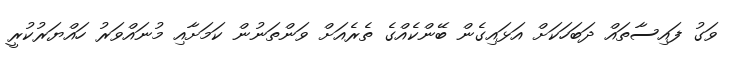
ވަގު ފައިސާތައް ދަބަހަކަށް އަޅައިގެން ބޭންކެއްގެ ތެރެއަށް ވަންތަނުން ކަމަށާއި މުނައްވަރު ހައްޔަރުކުރީ